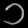
Digit: ၁